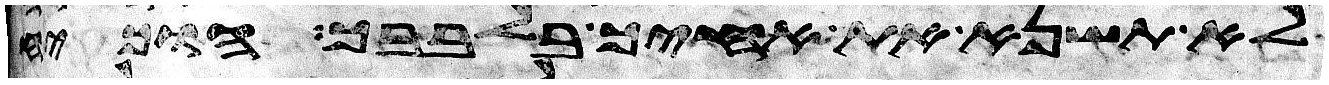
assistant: לא תשנא את אחיך בלבבך הוכיח